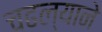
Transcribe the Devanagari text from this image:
चढल्याने